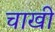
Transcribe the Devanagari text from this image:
चाखी